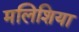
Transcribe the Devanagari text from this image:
मलिशिया